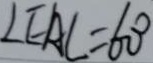
\angle E A C = 6 0 ^ { \circ }